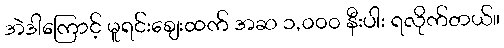
အဲဒါကြောင့် မူရင်းဈေးထက် အဆ ၁,၀၀၀ နီးပါး ရလိုက်တယ်။